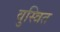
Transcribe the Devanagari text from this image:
वुस्त्रित